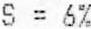
S = 6%